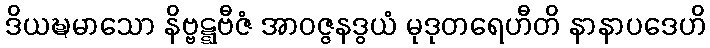
ဒိယဍ္ဎမာသော နိဗ္ဗဋ္ဋဗီဇံ အာဝဇ္ဇနဒွယံ မုဒုတရေဟီတိ နာနာပဒေဟိ